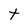
Character: t